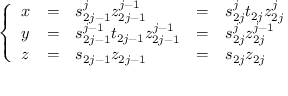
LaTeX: \left\{ \begin{array} { l c l c l } { { x } } & { { = } } & { { s _ { 2 j - 1 } ^ { j } z _ { 2 j - 1 } ^ { j - 1 } } } & { { = } } & { { s _ { 2 j } ^ { j } t _ { 2 j } z _ { 2 j } ^ { j } } } \\ { { y } } & { { = } } & { { s _ { 2 j - 1 } ^ { j - 1 } t _ { 2 j - 1 } z _ { 2 j - 1 } ^ { j - 1 } } } & { { = } } & { { s _ { 2 j } ^ { j } z _ { 2 j } ^ { j - 1 } } } \\ { { z } } & { { = } } & { { s _ { 2 j - 1 } z _ { 2 j - 1 } } } & { { = } } & { { s _ { 2 j } z _ { 2 j } } } \end{array} \right.